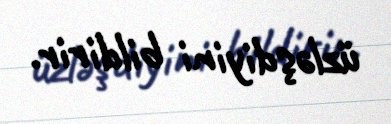
üzləşdiyini bildirir.